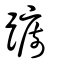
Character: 躕